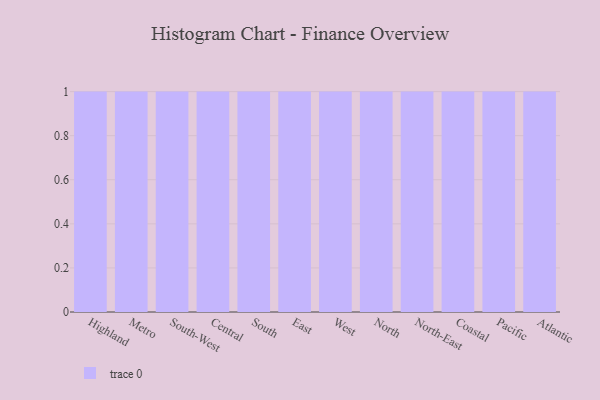
{"axis": {"x": "Region", "y": "Energy Usage (MWh)"}, "legend": [""], "data": [{"x": "Highland", "y": 39, "type": ""}, {"x": "Metro", "y": 54, "type": ""}, {"x": "South-West", "y": 66, "type": ""}, {"x": "Central", "y": 61, "type": ""}, {"x": "South", "y": 73, "type": ""}, {"x": "East", "y": 29, "type": ""}, {"x": "West", "y": 79, "type": ""}, {"x": "North", "y": 10, "type": ""}, {"x": "North-East", "y": 17, "type": ""}, {"x": "Coastal", "y": 44, "type": ""}, {"x": "Pacific", "y": 68, "type": ""}, {"x": "Atlantic", "y": 57, "type": ""}]}